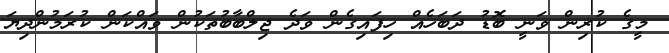
މީގެ ކުރިން ވަނީ ބޮޑު ދަބަހެއް ހިފައިގެން ވަދެ ޖިލްބާބުތަކުން ވައްކަން ކުރަމުންދިޔަ